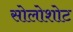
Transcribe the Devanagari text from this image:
सोलोशोट